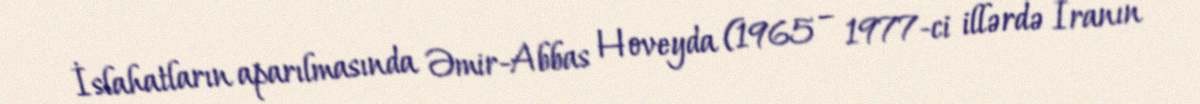
İslahatların aparılmasında Əmir-Abbas Hoveyda (1965 – 1977-ci illərdə İranın